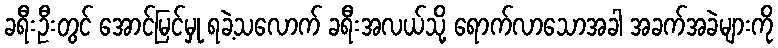
ခရီးဦးတွင် အောင်မြင်မှု ရခဲ့သလောက် ခရီးအလယ်သို့ ရောက်လာသောအခါ အခက်အခဲများကို